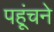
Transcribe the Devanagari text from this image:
पहूंचने